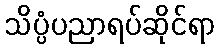
သိပ္ပံပညာရပ်ဆိုင်ရာ